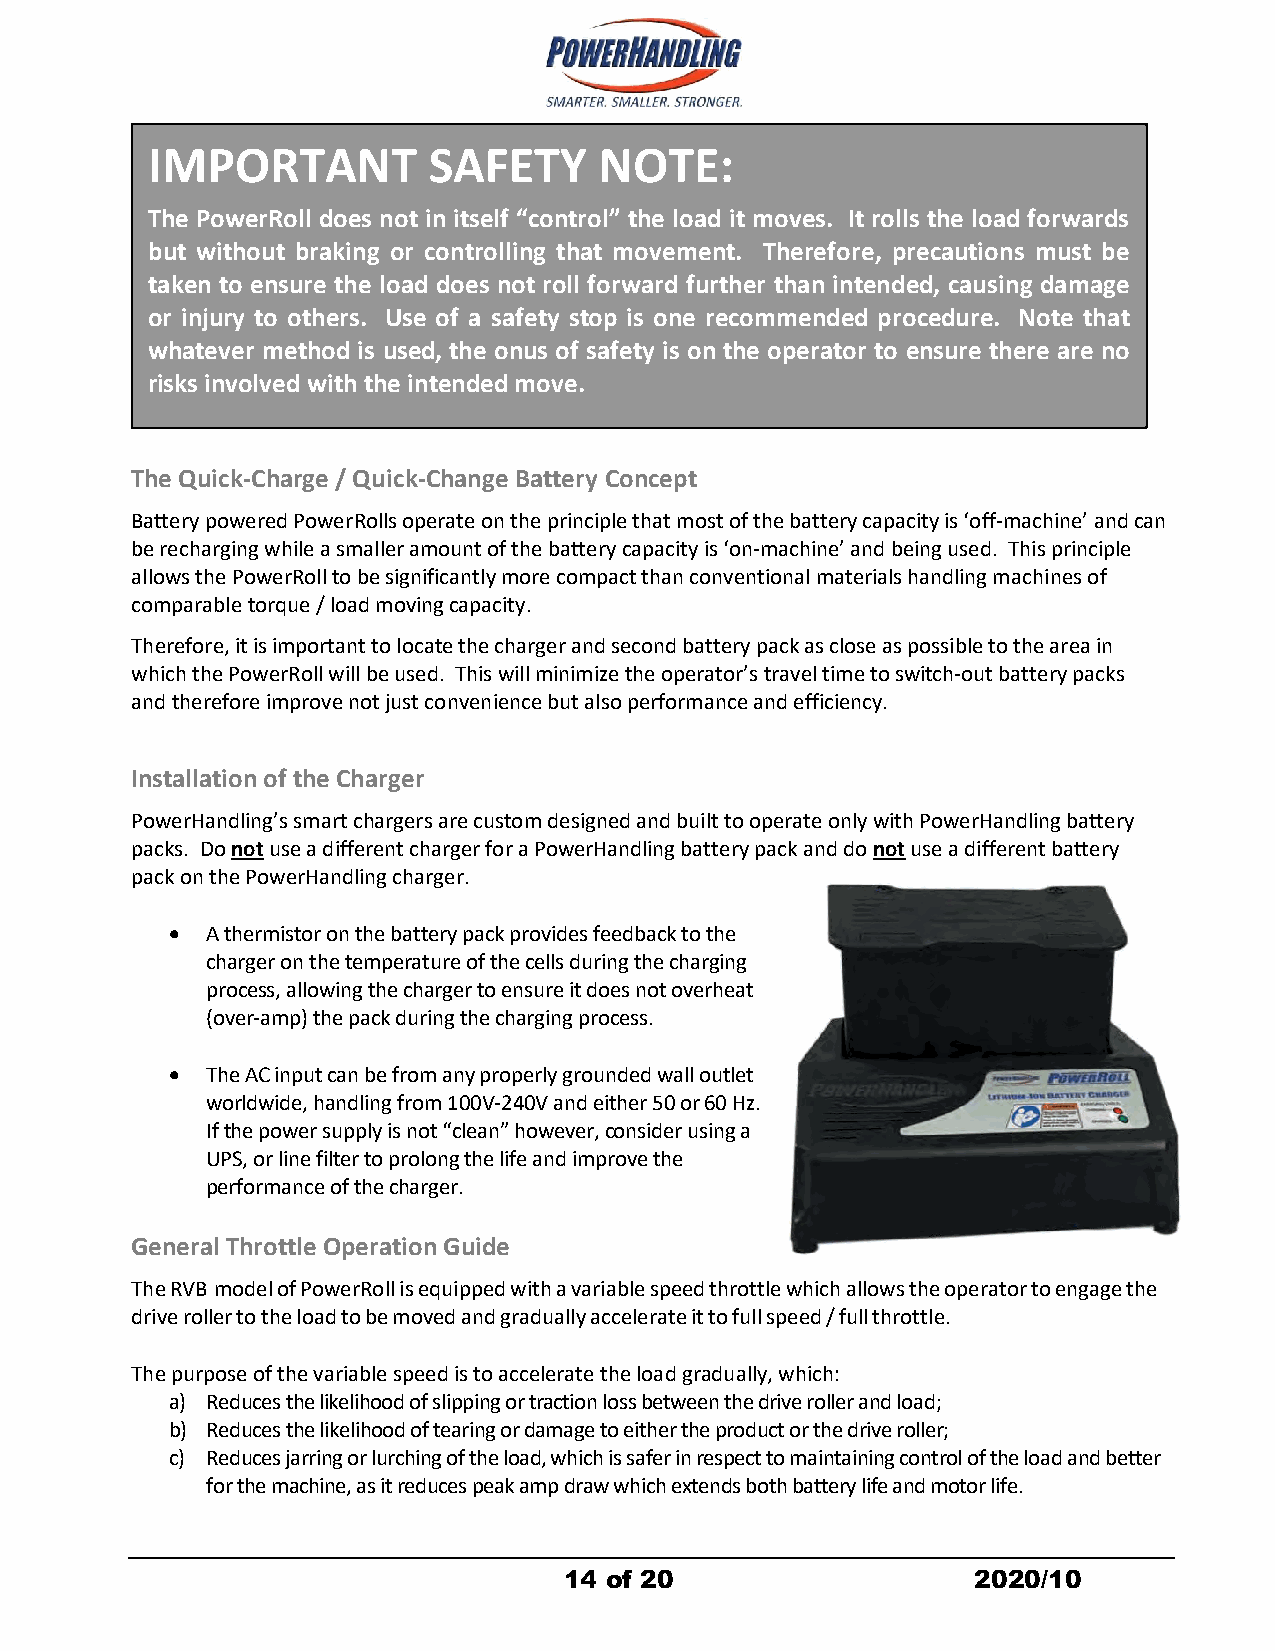
IMPORTANT         SAFETY      NOTE:
 The PowerRoll does not in itself “control” the load it moves. It rolls the load forwards
 but without braking or controlling that movement. Therefore, precautions must be
 taken to ensure the load does not roll forward further than intended, causing damage
 or injury to others. Use of a safety stop is one recommended procedure. Note that
 whatever method is used, the onus of safety is on the operator to ensure there are no
 risks involved with the intended move.
 The Quick-Charge / Quick-Change Battery Concept
 Battery powered PowerRolls operateon the principle that most of the batterycapacity is ‘off-machine’ andcan
 be recharging while a smaller amount of the battery capacity is ‘on-machine’ and being used. Thisprinciple
 allows the PowerRoll to be significantly more compact than conventional materials handling machines of
 comparable torque / load moving capacity.
 Therefore, it is important to locate the charger and second battery pack as close as possible to the area in
 which the PowerRoll will be used. This willminimize the operator’s travel time to switch-out battery packs
 and therefore improve not just convenience but also performance and efficiency.
 Installation of the Charger
 PowerHandling’s smart chargers are custom designed and built to operate only with PowerHandling battery
 packs. Do not use a different charger for a PowerHandling battery pack and do not use a different battery
 pack on the PowerHandling charger.
   A thermistor on the battery pack provides feedback to the
 charger on the temperature of the cells during the charging
 process, allowing the charger to ensure it does not overheat
 (over-amp) the pack during the charging process.
   The AC input can be from any properly grounded wall outlet
 worldwide, handling from 100V-240V and either 50 or 60 Hz.
 Ifthepowersupplyisnot“clean”however,considerusinga
 UPS, or line filter to prolong the life and improve the
 performance of the charger.
 General Throttle Operation Guide
 The RVB model of PowerRoll is equipped with a variable speed throttle which allows the operator to engage the
 drive roller to the load to be moved and gradually accelerate it to full speed / full throttle.
 The purpose of the variable speed is to accelerate the load gradually, which:
 a) Reduces the likelihood of slipping or traction loss between the drive roller and load;
 b) Reduces the likelihood of tearing or damage to either the product or the drive roller;
 c) Reduces jarring or lurching of the load, which is safer in respect to maintaining control of the load and better
 for the machine, as it reduces peak amp draw which extends both battery life and motor life.
 14 of 20                   2020/10